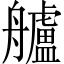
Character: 艫